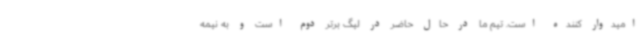
امیدوار کننده است. تیم ما در حال حاضر در لیگ برتر دوم است و به نیمه